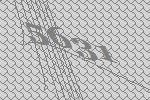
5631